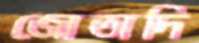
জোতাদি